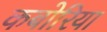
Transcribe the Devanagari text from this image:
कबोरिया